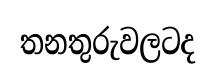
තනතුරුවලටද